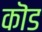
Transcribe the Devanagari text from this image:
कॊड